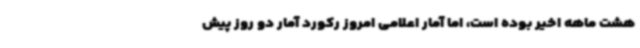
هشت ماهه اخیر بوده است، اما آمار اعلامی امروز رکورد آمار دو روز پیش